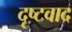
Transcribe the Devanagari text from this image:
दृष्टवाद